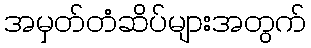
အမှတ်တံဆိပ်များအတွက်